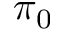
\pi _ { 0 }